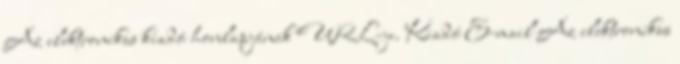
Az elektronikus kiadó honlapjának URL-je. Kiadó E-mail Az elektronikus